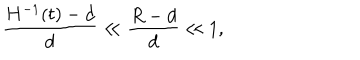
LaTeX: \frac { H ^ { - 1 } ( t ) - d } { d } \ll \frac { R - d } { d } \ll 1 ,